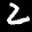
Label: 2